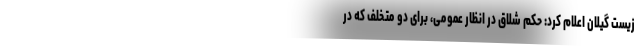
زیست گیلان اعلام کرد: حکم شلاق در انظار عمومی، برای دو متخلف که در